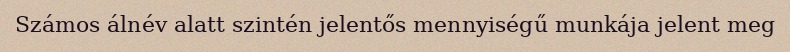
Számos álnév alatt szintén jelentős mennyiségű munkája jelent meg